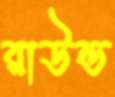
রাউন্ড